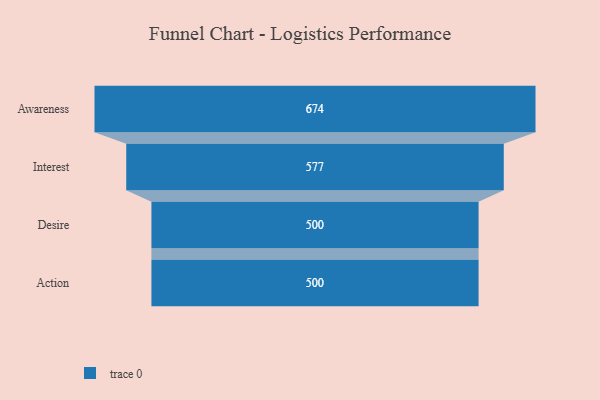
{"axis": {"x": "Stage", "y": "Value"}, "legend": [""], "data": [{"x": "Awareness", "y": 674.0, "type": ""}, {"x": "Interest", "y": 577.0, "type": ""}, {"x": "Desire", "y": 500, "type": ""}, {"x": "Action", "y": 500, "type": ""}]}